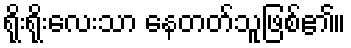
ရိုးရိုးလေးသာ နေတတ်သူဖြစ်၏။